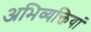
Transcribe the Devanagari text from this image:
अभिव्‍यक्तियां